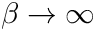
\beta \rightarrow \infty